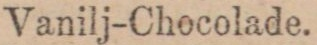
Vanilj-Chocolade.